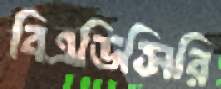
বিএডিসিরি